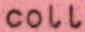
coll